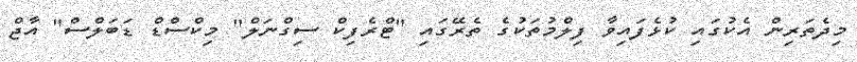
މިދެތަރިން އެކުގައި ކުޅެފައިވާ ފިލްމުތަކުގެ ތެރޭގައި "ޓްރެފިކް ސިގްނަލް" މިކްސްޑް ޑަބަލްސް" އާޖް